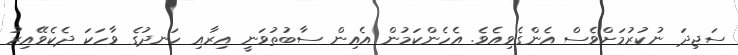
ސަޖިދަ ނުކުރުމަށްވެސް އެންގެވިއެވެ. އެހެންކަމުން އެއިން ސާބުތުވަނީ އިރާއި ހަނދުގެ ވާހަކަ ދެކެވޭއިރު